Civil Veterinary Dept. Assam report 1927-50 - 1927-1950
Year: 1927
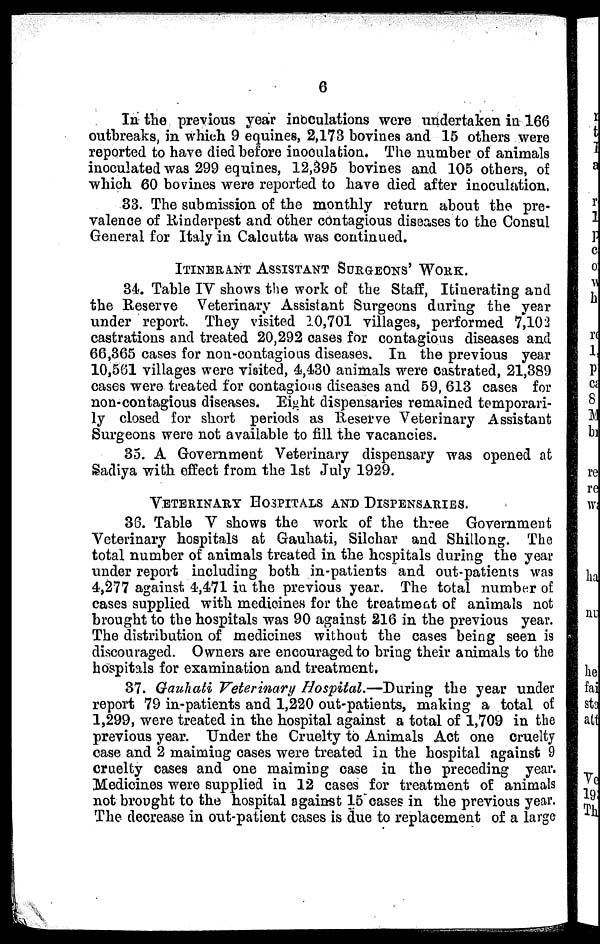
6
In the previous year inoculations were undertaken in 166
outbreaks, in which 9 equines, 2,173 bovines and 15 others were
reported to have died before inoculation. The number of animals
inoculated was 299 equines, 12,395 bovines and 105 others, of
which 60 bovines were reported to have died after inoculation.
83. The submission of the monthly return about the pre-
valence of Rinderpest and other contagious diseases to the Consul
General for Italy in Calcutta was continued.
ITINERANT ASSISTANT SURGEONS' WORK.
34. Table IV shows the work of the Staff, Itinerating and
the Reserve Veterinary Assistant Surgeons during the year
under report. They visited 10,701 villages, performed 7,102
castrations and treated 20,292 oases for contagious diseases and
66,365 cases for non-contagious diseases. In the previous year
10,561 villages were visited, 4,430 animals were castrated, 21,389
cases were treated for contagious diseases and 59,613 cases for
non-contagious diseases. Eight dispensaries remained temporari-
ly closed for short periods as Reserve Veterinary Assistant
Surgeons were not available to fill the vacancies.
35. A Government Veterinary dispensary was opened at
Sadiya with effect from the 1st July 1929.
VETERINARY HOSPITALS AND DISPENSARIES.
36. Table V shows the work of the three Government
Veterinary hospitals at Gauhati, Silchar and Shillong. The
total number of animals treated in the hospitals during the year
under report including both in-patients and out-patients was
4,277 against 4,471 in the previous year. The total number of
cases supplied with medicines for the treatmeat of animals not
brought to the hospitals was 90 against 216 in the previous year.
The distribution of medicines without the cases being seen is
discouraged. Owners are encouraged to bring their animals to the
hospitals for examination and treatment.
37. Gauhati Veterinary Hospital.—During the year under
report 79 in-patients and 1,220 out-patients, making a total of
1,299, were treated in the hospital against a total of 1,709 in the
previous year. Under the Cruelty to Animals Act one cruelty
case and 2 maiming oases were treated in the hospital against 9
cruelty cases and one maiming case in the preceding year.
Medicines were supplied in 12 cases for treatment of animals
not brought to the hospital against 15 oases in the previous year.
The decrease in out-patient cases is due to replacement of a large